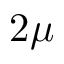
2 \mu